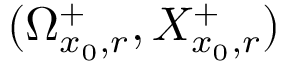
( \Omega _ { x _ { 0 } , r } ^ { + } , X _ { x _ { 0 } , r } ^ { + } )